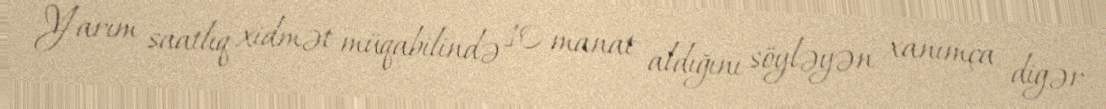
Yarım saatlıq xidmət müqabilində 10 manat aldığını söyləyən xanımça digər